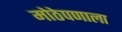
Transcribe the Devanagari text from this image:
मोठेपणाला